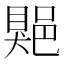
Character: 𨜯